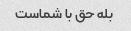
بله حق با شماست